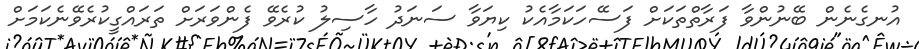
އުނގެނެން ބޭނުންވާ ފަރާތްތަކަށް ފަސޭހަކަމާއެކު ކިޔަވާ ސަނަދު ހާސިލު ކުރެވޭ ފެންވަރަށް ތަރައްގީކުރެވޭނެކަމަށް